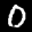
Label: 0